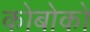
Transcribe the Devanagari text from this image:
कोबोको